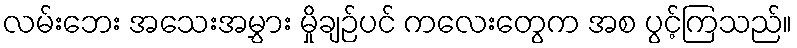
လမ်းဘေး အသေးအမွှား မှိုချဉ်ပင် ကလေးတွေက အစ ပွင့်ကြသည်။